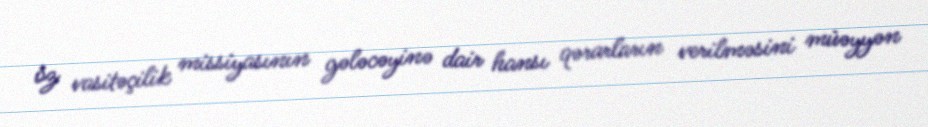
öz vasitəçilik missiyasının gələcəyinə dair hansı qərarların verilməsini müəyyən